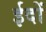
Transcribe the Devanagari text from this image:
ईदों